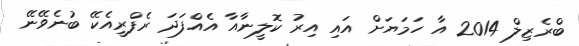
ބްރެޒިލް 2014 އާ ހަމަޔަށް އައި އިރު ކޮލީނާއާ އެއްފަދަ ރެފްރީއެކޭ ބުނެވޭނޭ